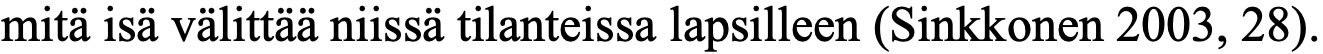
mitä isä välittää niissä tilanteissa lapsilleen (Sinkkonen 2003, 28).